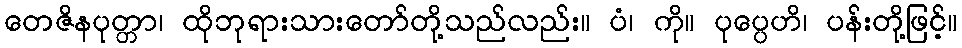
တေဇိနပုတ္တာ၊ ထိုဘုရားသားတော်တို့သည်လည်း။ ပံ၊ ကို။ ပုပ္ပေဟိ၊ ပန်းတို့ဖြင့်။